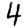
Digit: 4